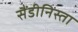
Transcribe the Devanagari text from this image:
सैंडीनिस्ता